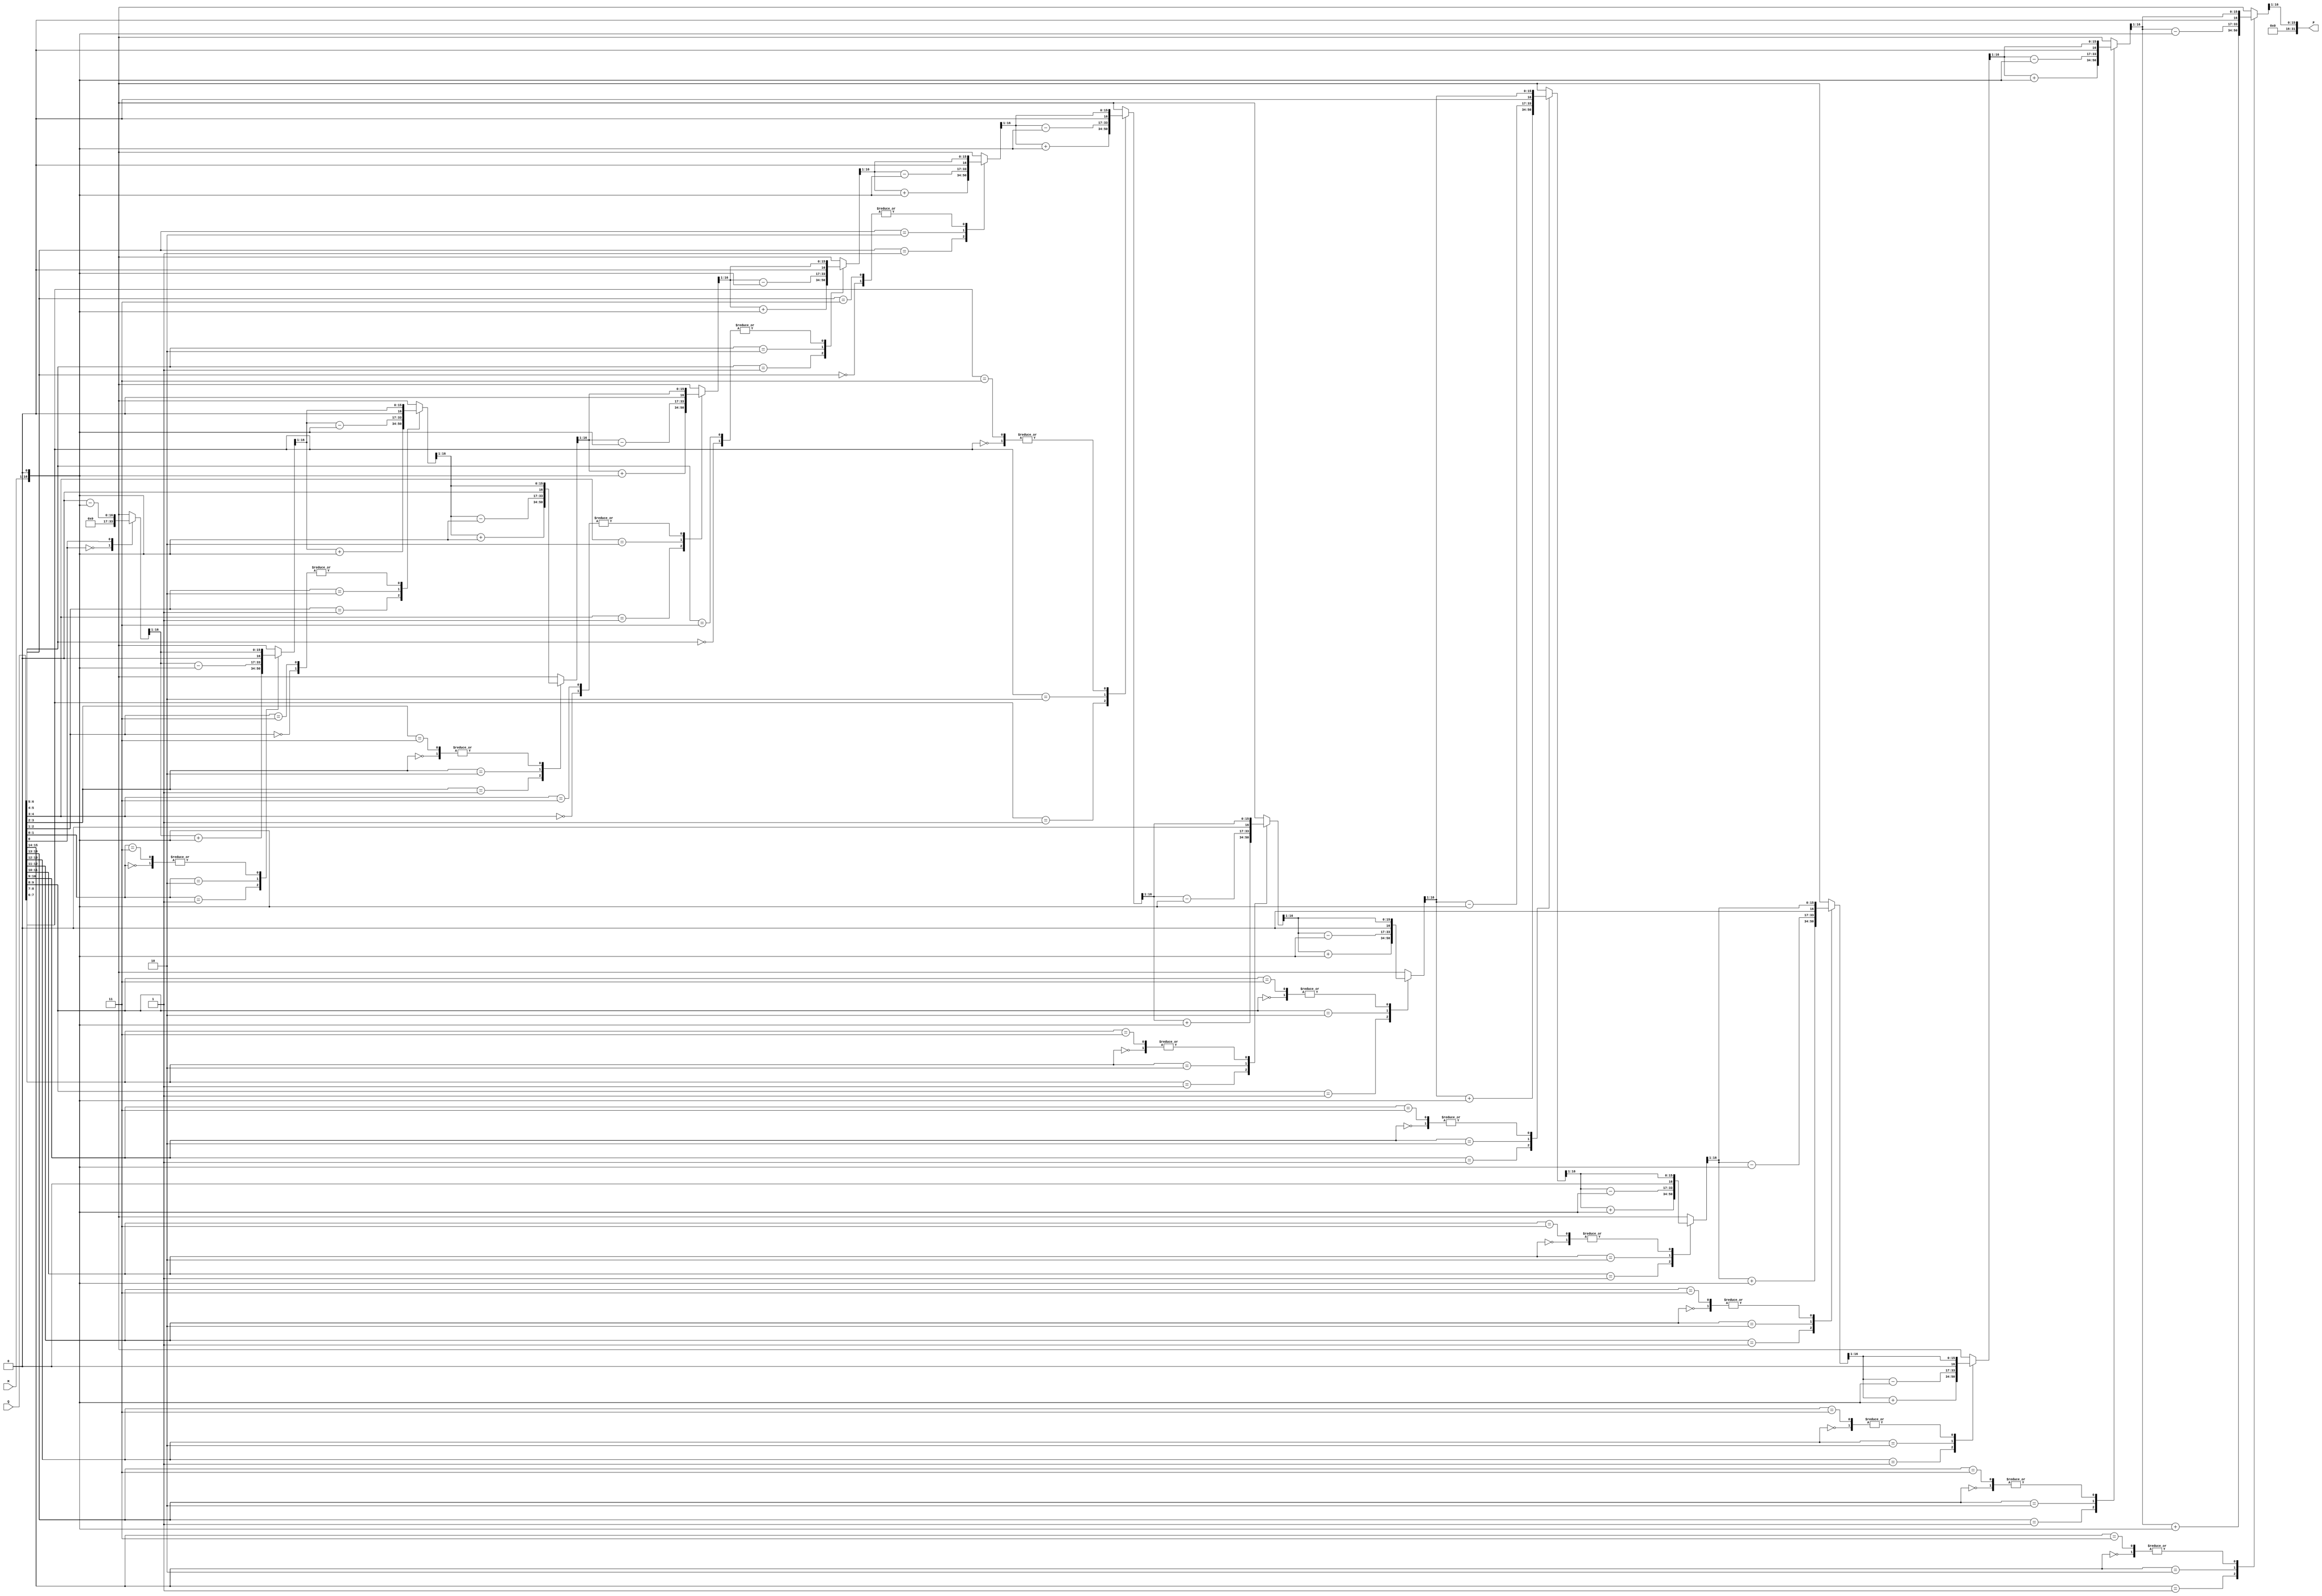
module modified_booth_multiplier(
    input signed [15:0] M,     // Multiplicand
    input signed [15:0] Q,     // Multiplier
    output reg signed [31:0] P   // Product
);
    reg [16:0] A;              // Accumulator (1 extra bit for sign)
    reg [15:0] Q_reg;          // Shifted multiplier
    reg Q_minus_1;             // Previous bit of the multiplier
    integer i;

    // Booth's multiplication algorithm
    always @(*) begin
        // Step 1: Initialize
        A = 0;                   // Clear the accumulator
        Q_reg = Q;              // Load Q into Q register
        Q_minus_1 = 0;          // Initialize Q-1 to 0
        P = 0;                  // Clear product

        // Step 2: Perform multiplication using Modified Booth's algorithm
        for (i = 0; i < 16; i = i + 1) begin
            case ({Q_reg[0], Q_minus_1})
                2'b00: begin
                    // No operation
                end
                2'b01: begin
                    // Add multiplicand to accumulator
                    A = A + {M, 1'b0};  // Shift left
                end
                2'b10: begin
                    // Subtract multiplicand from accumulator
                    A = A - {M, 1'b0};  // Shift left
                end
                2'b11: begin
                    // No operation
                end
            endcase
            
            // Update Q-1 for the next iteration
            Q_minus_1 = Q_reg[0];

            // Shift right - arithmetic shift for signedness
            {A, Q_reg} = {A, Q_reg} >> 1;  // Combine A and Q, then shift right
        end

        // The product is in A - Q_reg after the loop
        P = A; // Assign the final product
    end
endmodule